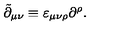
\tilde { \partial } _ { \mu \nu } \equiv \varepsilon _ { \mu \nu \rho } \partial ^ { \rho } .